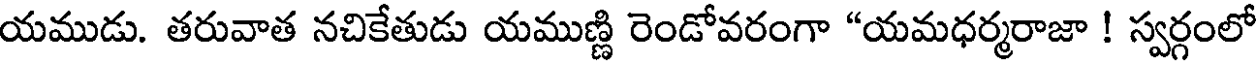
యముడు. తరువాత నచికేతుడు యముణ్ణి రెండోవరంగా "యమధర్మరాజా ! స్వర్గంలో